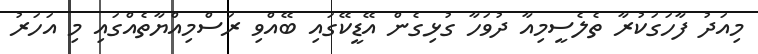
މިއަދު ފާހަގަކުރާ ތެލެސީމިއާ ދުވަހާ ގުޅިގެން އޭޑީކޭގައި ބޭއްވި ރަސްމިއްޔާތެއްގައި މި އަހަރު